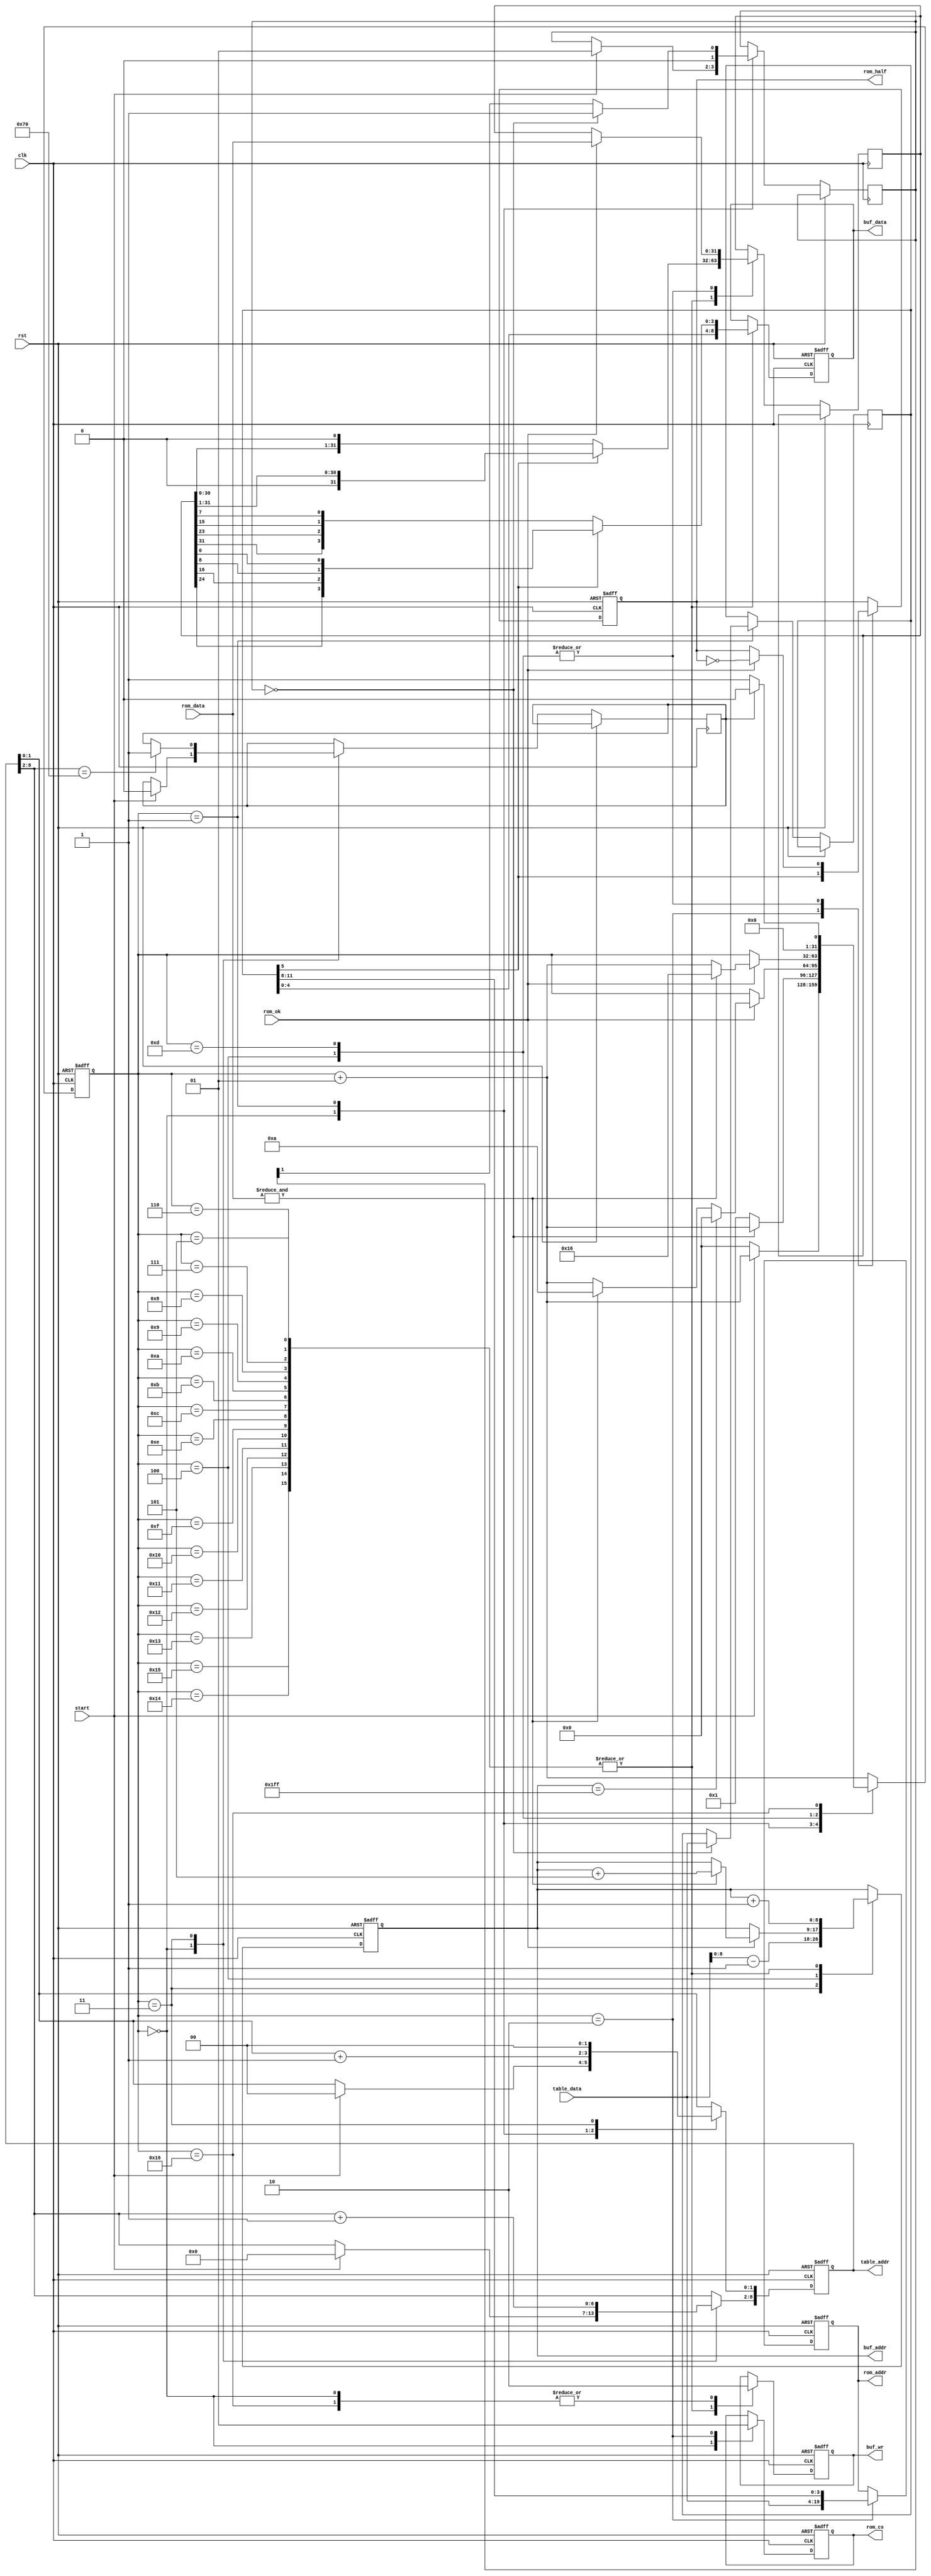
/*  This file is part of JTCPS1.
    JTCPS1 program is free software: you can redistribute it and/or modify
    it under the terms of the GNU General Public License as published by
    the Free Software Foundation, either version 3 of the License, or
    (at your option) any later version.

    JTCPS1 program is distributed in the hope that it will be useful,
    but WITHOUT ANY WARRANTY; without even the implied warranty of
    MERCHANTABILITY or FITNESS FOR A PARTICULAR PURPOSE.  See the
    GNU General Public License for more details.

    You should have received a copy of the GNU General Public License
    along with JTCPS1.  If not, see <http://www.gnu.org/licenses/>.

    Author: Jose Tejada Gomez. Twitter: @topapate
    Version: 1.0
    Date: 13-1-2020 */
    
`timescale 1ns/1ps

module jtcps1_obj_draw(
    input              rst,
    input              clk,

    input              start,

    output reg [ 8:0]  table_addr,
    input      [15:0]  table_data,

    // Line buffer
    output reg [ 8:0]  buf_addr,
    output reg [ 8:0]  buf_data,
    output reg         buf_wr,

    // ROM interface
    output reg [19:0]  rom_addr,    // up to 1 MB
    output reg         rom_half,    // selects which half to read
    input      [31:0]  rom_data,
    output reg         rom_cs,
    input              rom_ok
);

localparam [8:0] MAXH = 9'd448;

integer st;
reg [15:0] obj_attr;

reg         done;
wire [ 3:0] vsub;
wire [ 4:0] pal;
wire        hflip;
reg  [31:0] pxl_data;

assign vsub   = obj_attr[11:8];
//     vflip  = obj_attr[6];
assign hflip  = obj_attr[5];
assign pal    = obj_attr[4:0];

function [3:0] colour;
    input [31:0] c;
    input        flip;
    colour = flip ? { c[24], c[16], c[ 8], c[0] } : 
                    { c[31], c[23], c[15], c[7] };
endfunction

reg  [ 1:0] wait_cycle;
reg         last_tile;

`ifdef SIMULATION
reg busy;
reg busy_error;
reg last_start;

always @(posedge clk, posedge rst) begin
    if(rst) begin
        busy<=1'b0;
        busy_error<=1'b0;
        last_start<=1'b1;
    end else begin
        last_start <= start;
        if( start ) busy<=1'b1;
        if( done  ) busy<=1'b0;
        busy_error <= start && busy && !last_start;
    end
end
`endif

always @(posedge clk, posedge rst) begin
    if( rst ) begin
        table_addr <= 9'd0;
        rom_addr   <= 20'd0;
        rom_half   <= 1'd0;
        buf_wr     <= 1'b0;
        buf_data   <= 9'd0;
        buf_addr   <= 9'd0;
        st         <= 0;
        rom_cs     <= 1'b0;
        done       <= 1'b0;
    end else begin
        st <= st+1;
        case( st )
            0: begin
                buf_wr   <= 1'b0;
                rom_cs   <= 1'b0;
                if( !start ) st<=0;
                else begin
                    table_addr <= { 7'd0, 2'd0 };
                    wait_cycle <= 2'b1;
                    last_tile  <= 1'b0;
                    done       <= 0;
                end
            end
            1: begin
                wait_cycle <= { 1'b0, wait_cycle[1] };
                table_addr[1:0] <= table_addr[1:0]+2'd1;
                if( !wait_cycle ) begin
                    obj_attr   <= table_data;
                    wait_cycle <= 2'b1; // leave it on for next round
                end else st<=1;
            end
            2: begin
                // obj_code   <= table_data;
                //table_addr[1:0] <= table_addr[1:0]+2'd1;
                rom_cs   <= 1'b1;
                rom_addr <= { table_data, vsub };
                rom_half <= hflip;
            end
            3: begin
                buf_addr   <= table_data[8:0]-9'd1; // obj_x
                if( table_addr[8:2]==7'd112  ) last_tile <= 1'b1; // some margin for SDRAM waits
                table_addr[8:2] <= table_addr[8:2]+7'd1;
                table_addr[1:0] <= 2'd0;
            end
            4: begin
                if( rom_ok ) begin
                    pxl_data <= rom_data;
                    rom_half <= ~rom_half;
                    if( &rom_data ) begin
                        st <= 10;// skip blank pixels but waste two clock cycles for rom_ok
                        // to renew
                        buf_addr <= buf_addr + 9'd5;
                    end
                    if( buf_addr == ~9'h0 ) begin // this marks the end
                        done <= 1'b1;
                        st   <= 0;
                    end
                end else st<=st;
            end
            5,6,7,8, 9,10,11,12,
            14,15,16,17, 18,19,20,21: begin
                buf_wr   <= 1'b1;
                buf_addr <= buf_addr+9'd1;
                buf_data <= { pal, colour(pxl_data, hflip) };
                pxl_data <= hflip ? pxl_data>>1 : pxl_data<<1;
            end
            13: begin
                if(rom_ok) begin
                    pxl_data <= rom_data;
                    rom_half <= ~rom_half;
                    if( &rom_data ) st <= 22; // skip blank pixels
                end else st<=st;
            end
            22: begin
                buf_wr <= 1'b0;
                if(last_tile) begin
                    done <= 1'b1;
                    st   <= 0;
                end
                else st<=1; // next element
            end
            default:;
        endcase

    end
end

endmodule